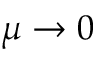
\mu \to 0